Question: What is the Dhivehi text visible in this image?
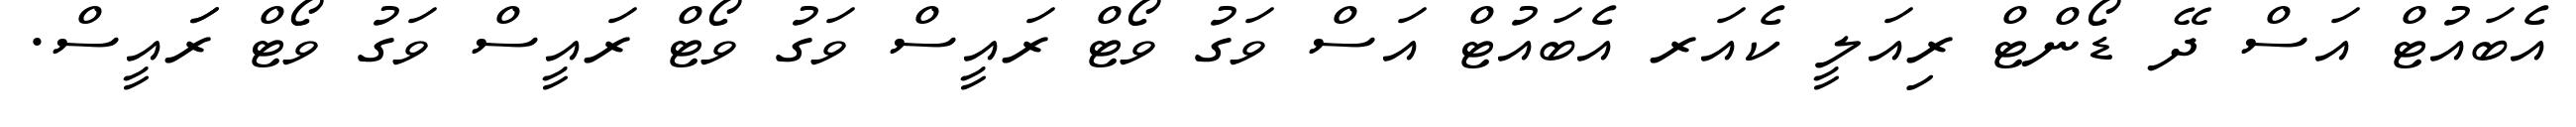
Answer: އެބައުޓް އަސް ދޭ ޑޯންޓް ރިއަލީ ކެއަރ އެބައުޓް އަސް ވަގު ވޯޓް ރައީސް ވަގު ވޯޓް ރައީސް ވަގު ވޯޓް ރަައީސް.